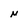
Character: N